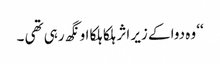
‘‘ وہ دوا کے زیر اثر ہلکا ہلکا اونگھ رہی تھی ۔